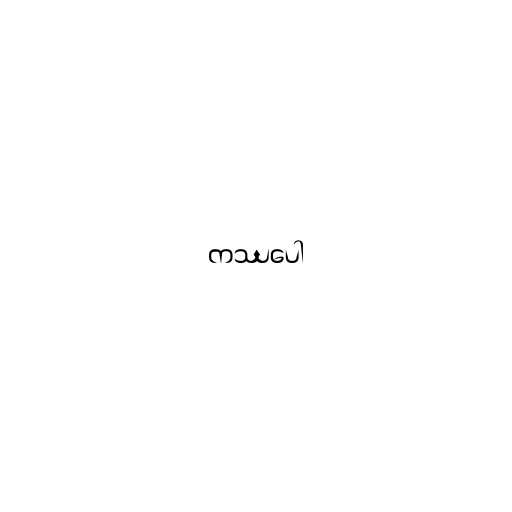
ကဿပေါ